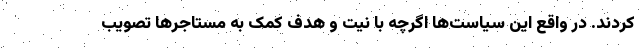
کردند. در واقع این سیاست‌‌ها اگرچه با نیت و هدف کمک به مستاجرها تصویب